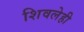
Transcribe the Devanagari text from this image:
शिवलेही